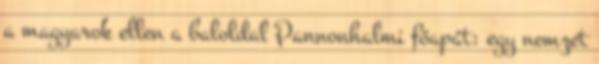
a magyarok ellen a baloldal Pannonhalmi főapát: egy nemzet